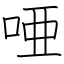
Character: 唖